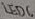
Text: LED6